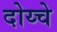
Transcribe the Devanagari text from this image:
दोय्चे